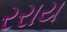
રરાય